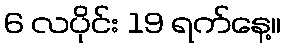
6 လပိုင်း 19 ရက်နေ့။